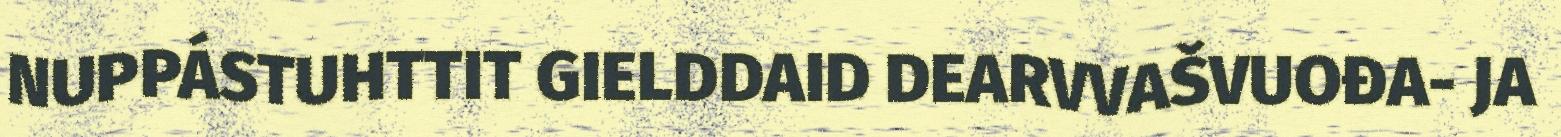
NUPPÁSTUHTTIT GIELDDAID DEARVVAŠVUOĐA- JA